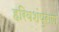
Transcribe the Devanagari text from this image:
हरिवशंपुराण